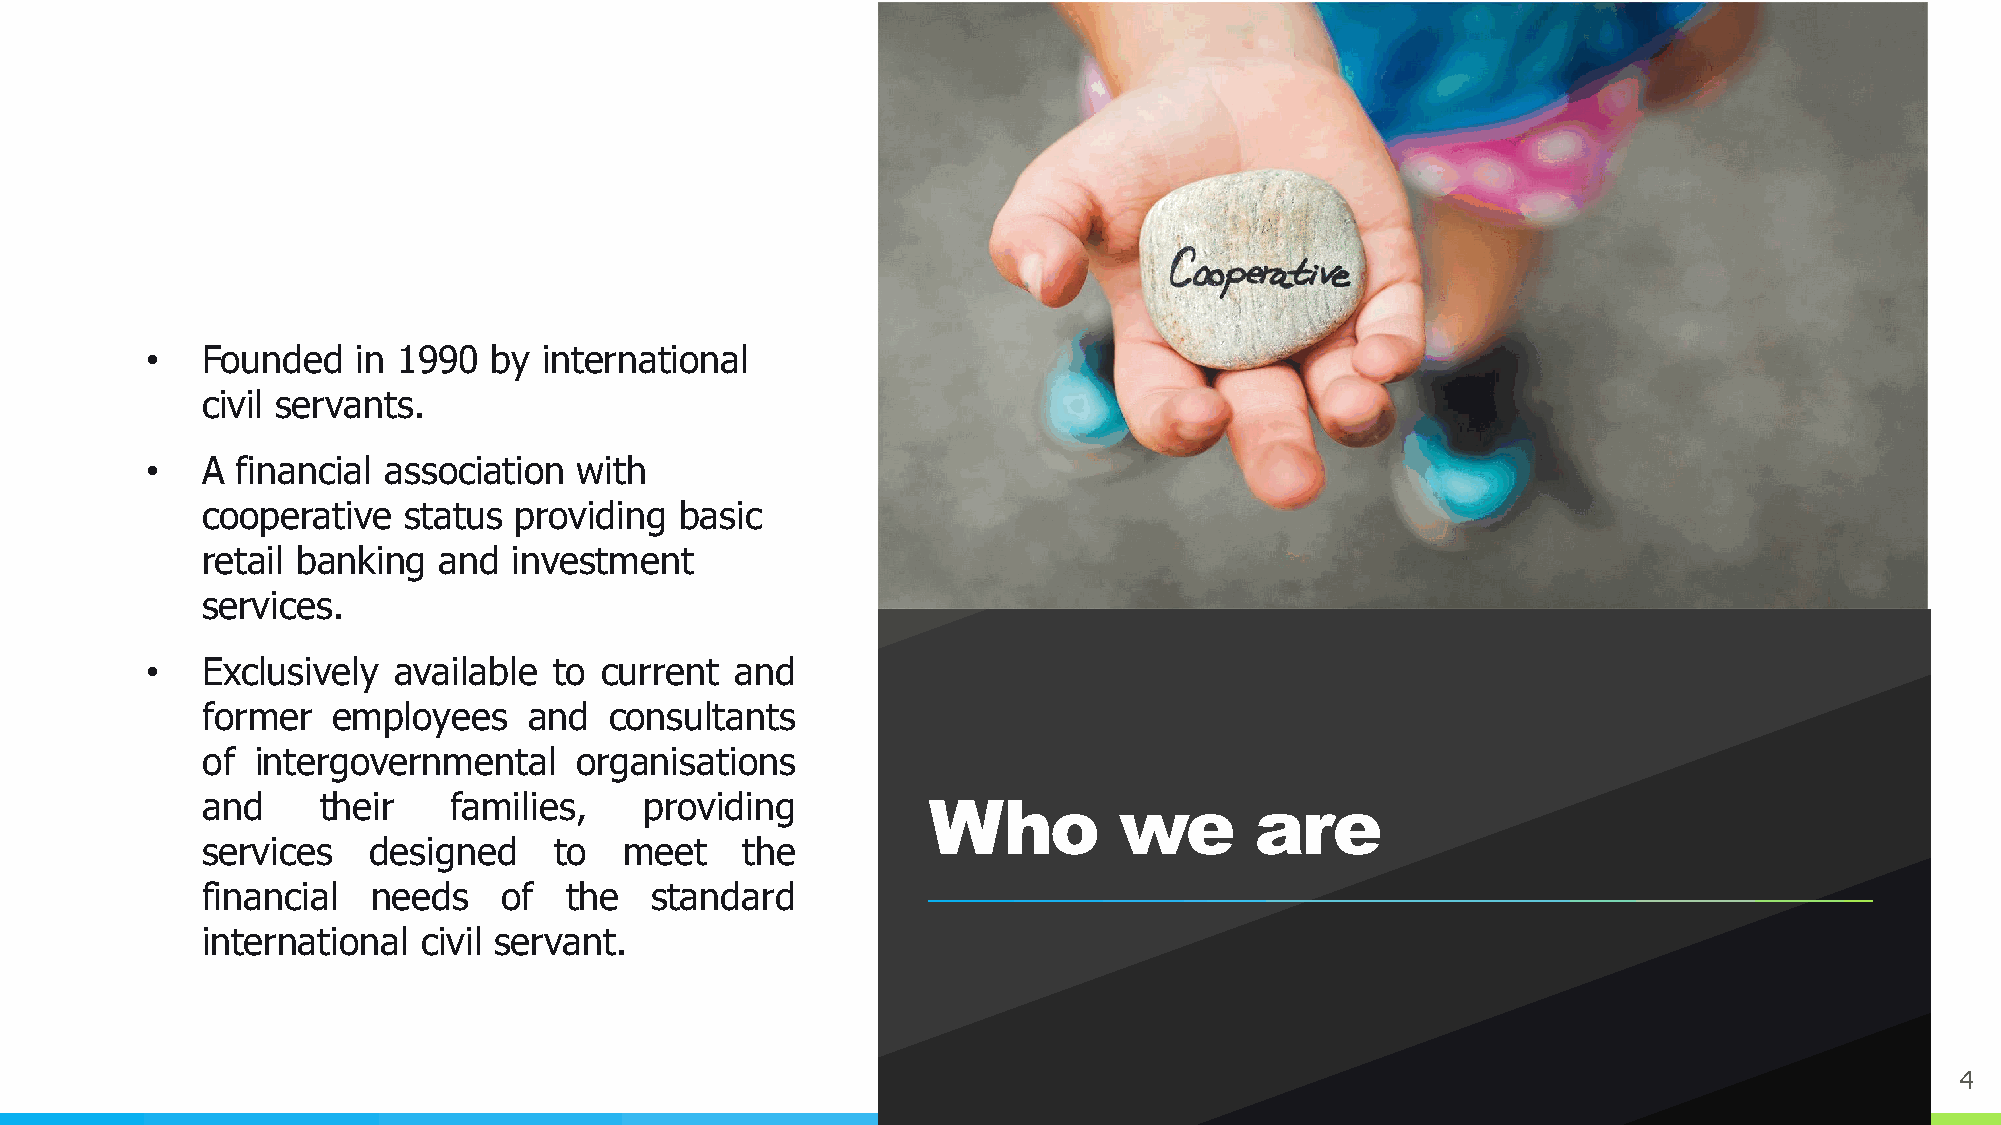
•  Founded    in 1990  by international
 civil servants.
 •  A  financial association with
 cooperative   status providing  basic
 retail banking  and  investment
 services.
 •  Exclusively  available  to current  and
 former   employees    and  consultants
 of  intergovernmental    organisations
 and     their    families,    providing         Who          we       are
 services   designed     to  meet    the
 financial   needs   of  the   standard
 international  civil servant.
 4